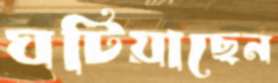
ঘটিয়াছেন